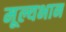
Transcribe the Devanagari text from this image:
मूल्यभान